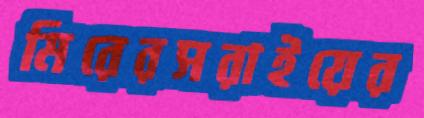
মিরেরসরাইয়ের